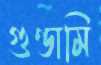
গুণ্ডামি